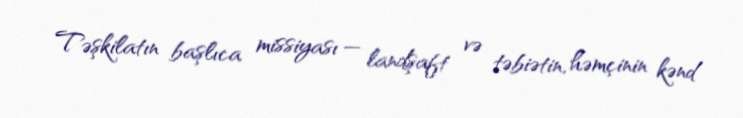
Təşkilatın başlıca missiyası — landşaft və təbiətin, həmçinin kənd